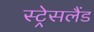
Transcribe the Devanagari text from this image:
स्ट्रेसलैंड